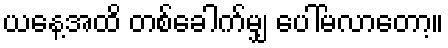
ယနေ့အထိ တစ်ခေါက်မျှ ပေါ်မလာတော့။